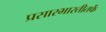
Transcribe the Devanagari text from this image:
प्रसारभारतीतर्फे